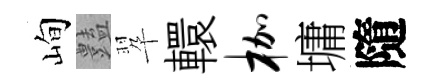
峋𧰟翆轘枷墉隨